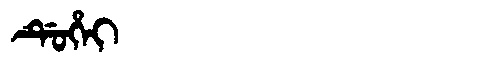
Manchu: ᡩᡠᡥᡝᡳ
Romanization: DUHEI